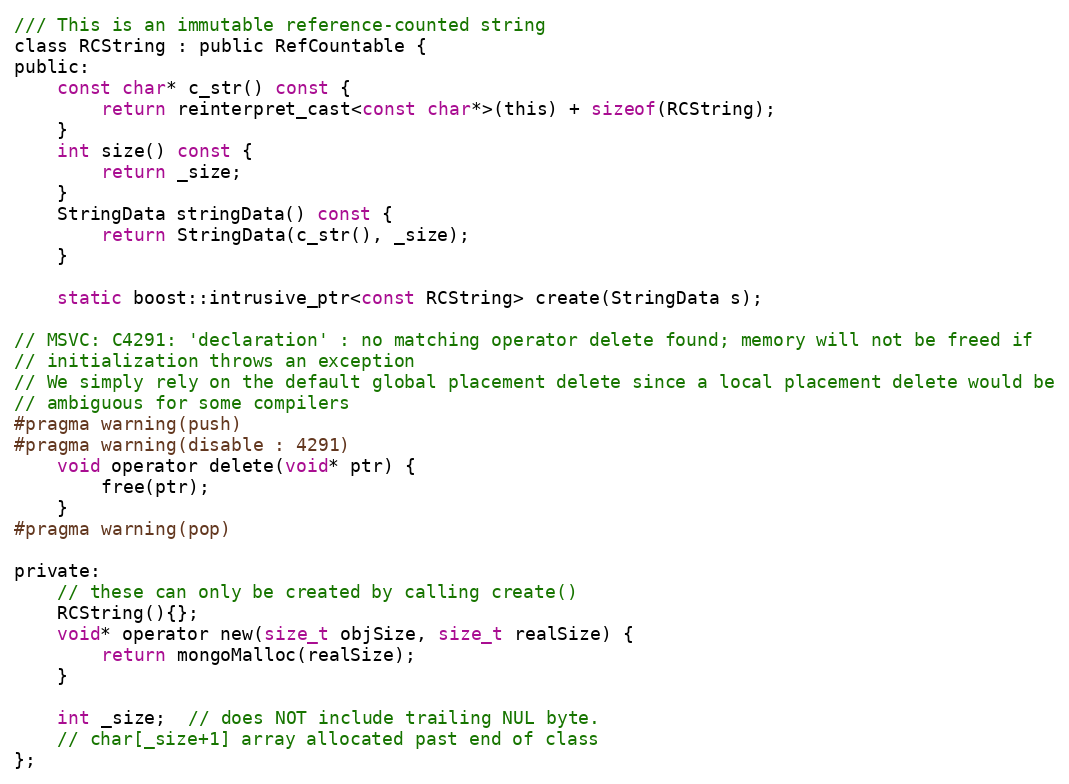
Language: C
/// This is an immutable reference-counted string
class RCString : public RefCountable {
public:
    const char* c_str() const {
        return reinterpret_cast<const char*>(this) + sizeof(RCString);
    }
    int size() const {
        return _size;
    }
    StringData stringData() const {
        return StringData(c_str(), _size);
    }

    static boost::intrusive_ptr<const RCString> create(StringData s);

// MSVC: C4291: 'declaration' : no matching operator delete found; memory will not be freed if
// initialization throws an exception
// We simply rely on the default global placement delete since a local placement delete would be
// ambiguous for some compilers
#pragma warning(push)
#pragma warning(disable : 4291)
    void operator delete(void* ptr) {
        free(ptr);
    }
#pragma warning(pop)

private:
    // these can only be created by calling create()
    RCString(){};
    void* operator new(size_t objSize, size_t realSize) {
        return mongoMalloc(realSize);
    }

    int _size;  // does NOT include trailing NUL byte.
    // char[_size+1] array allocated past end of class
};